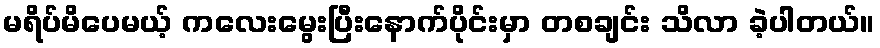
မရိပ်မိပေမယ့် ကလေးမွေးပြီးနောက်ပိုင်းမှာ တစချင်း သိလာ ခဲ့ပါတယ်။